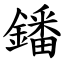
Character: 鐇